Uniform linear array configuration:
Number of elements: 16
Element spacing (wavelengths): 0.75
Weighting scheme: kaiser
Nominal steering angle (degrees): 0
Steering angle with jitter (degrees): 0.03424
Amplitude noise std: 0.05
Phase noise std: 0.05

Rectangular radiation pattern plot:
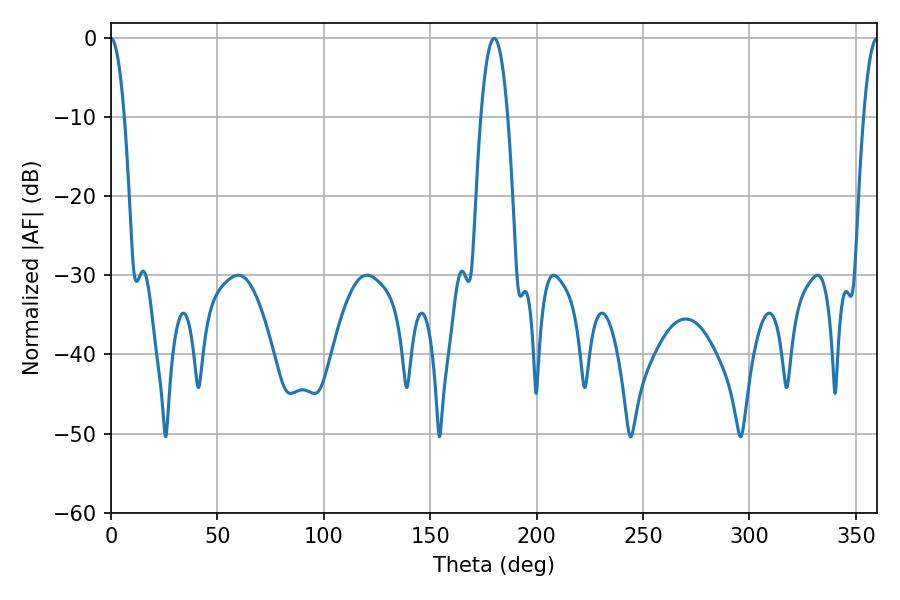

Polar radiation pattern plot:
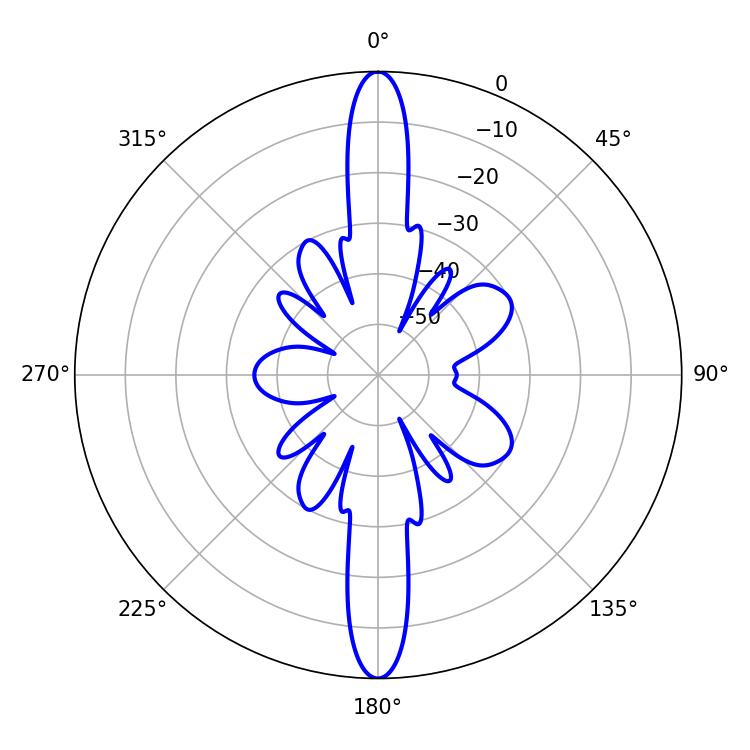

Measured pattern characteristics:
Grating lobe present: TRUE
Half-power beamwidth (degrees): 3.42
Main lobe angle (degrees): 0